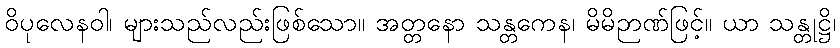
ဝိပုလေနဝါ၊ များသည်လည်းဖြစ်သော။ အတ္တနော သန္တကေန၊ မိမိဉာဏ်ဖြင့်။ ယာ သန္တုဋ္ဌိ၊